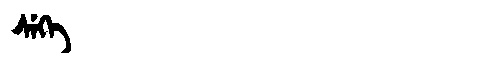
Manchu: ᠰᡝᡴᡝ
Romanization: SEKE